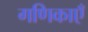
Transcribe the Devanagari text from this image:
गणिकाएँ